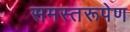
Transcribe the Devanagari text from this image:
समस्तरूपेण